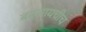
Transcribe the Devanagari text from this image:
बदलायचीच